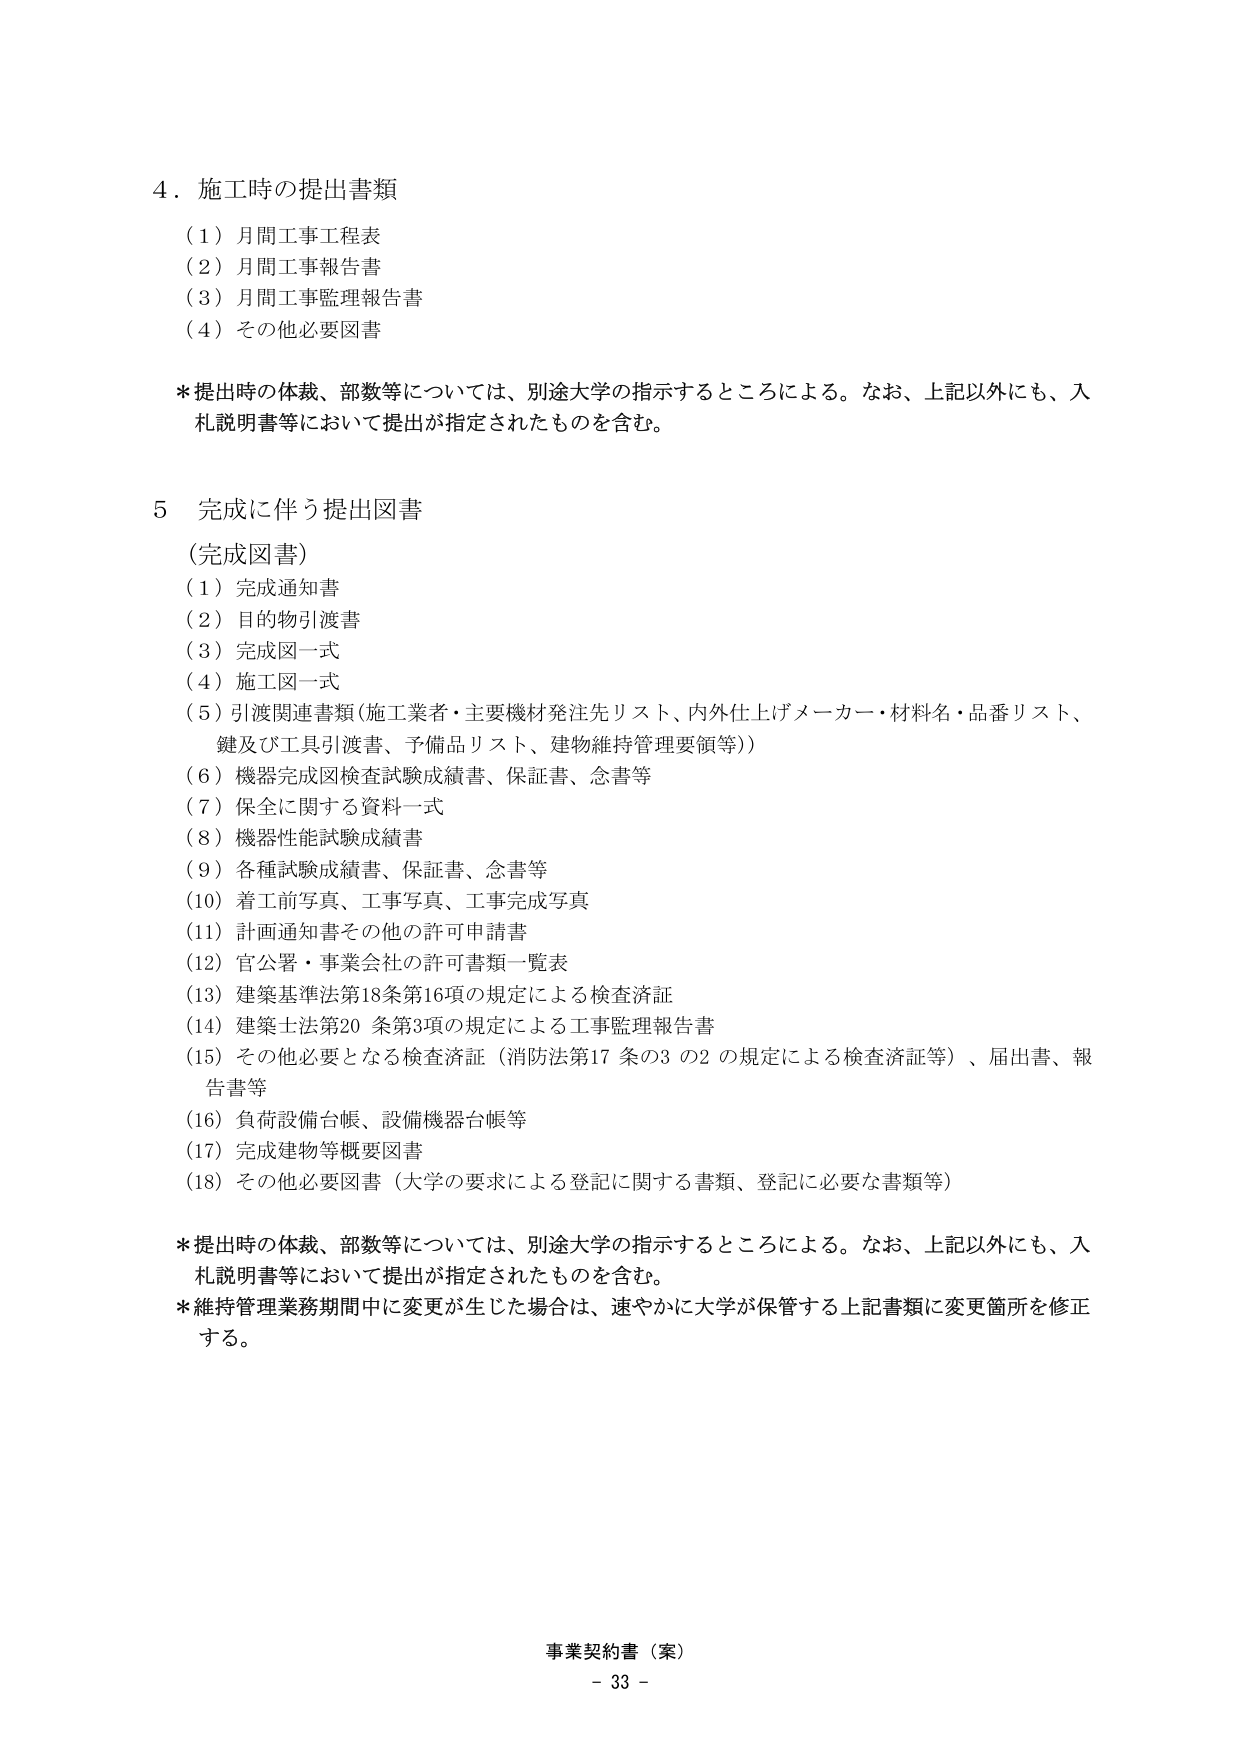
4．施工時の提出書類
（1）月間工事工程表
（2）月間工事報告書
（3）月間工事監理報告書
（4）その他必要図書

＊提出時の体裁、部数等については、別途大学の指示するところによる。なお、上記以外にも、入札説明書等において提出が指定されたものを含む。

5 完成に伴う提出図書
（完成図書）
（1）完成通知書
（2）目的物引渡書
（3）完成図一式
（4）施工図一式
（5）引渡関連書類（施工業者・主要機材発注先リスト、内外仕上げメーカー・材料名・品番リスト、鍵及び工具引渡書、予備品リスト、建物維持管理要領等）
（6）機器完成図検査試験成績書、保証書、念書等
（7）保全に関する資料一式
（8）機器性能試験成績書
（9）各種試験成績書、保証書、念書等
（10）着工前写真、工事写真、工事完成写真
（11）計画通知書その他の許可申請書
（12）官公署・事業会社の許可書類一覧表
（13）建築基準法第18条第16項の規定による検査済証
（14）建築士法第20条第3項の規定による工事監理報告書
（15）その他必要となる検査済証（消防法第17条の3の2の規定による検査済証等）、届出書、報告書等
（16）負荷設備台帳、設備機器台帳等
（17）完成建物等概要図書
（18）その他必要図書（大学の要求による登記に関する書類、登記に必要な書類等）

＊提出時の体裁、部数等については、別途大学の指示するところによる。なお、上記以外にも、入札説明書等において提出が指定されたものを含む。
＊維持管理業務期間中に変更が生じた場合は、速やかに大学が保管する上記書類に変更箇所を修正する。

事業契約書（案）
－ 33 －